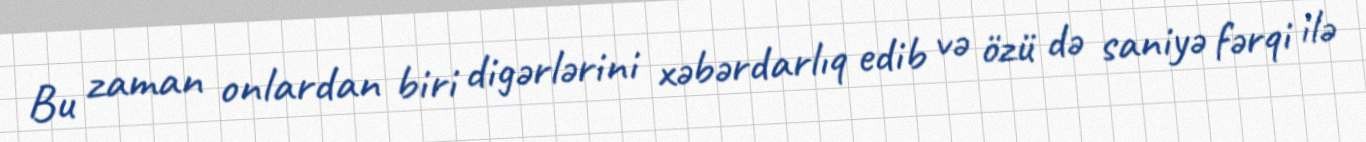
Bu zaman onlardan biri digərlərini xəbərdarlıq edib və özü də saniyə fərqi ilə